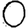
Digit: 0